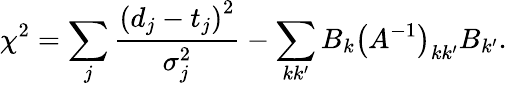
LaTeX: \chi^{2}=\sum_{j}\frac{\left(d_{j}-t_{j}\right)^{2}}{\sigma_{j}^{2}}-\sum_{kk^{\prime}}B_{k}\left(A^{-1}\right)_{kk^{\prime}}B_{k^{\prime}}.